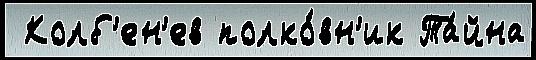
 Колб'ен'ев полко́вн'ик Та́йна